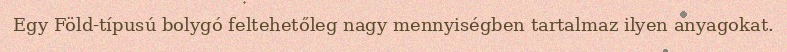
Egy Föld-típusú bolygó feltehetőleg nagy mennyiségben tartalmaz ilyen anyagokat.